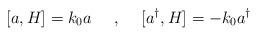
LaTeX: \begin{align*}[a,H]=k_0 a\makebox[.5in]{,}[a^{\dagger},H]=-k_0 a^{\dagger}\end{align*}